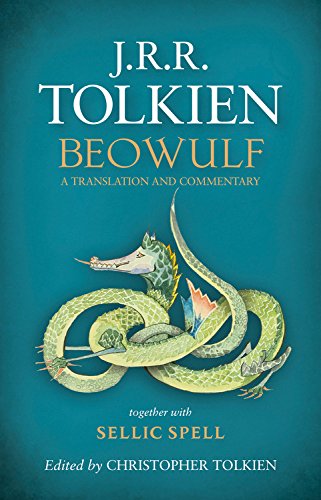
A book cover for Beowulf: A Translation and Commentary; J.R.R. Tolkien; Literature & Fiction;